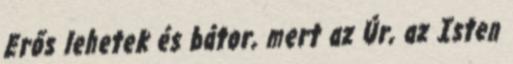
Erős lehetek és bátor, mert az Úr, az Isten